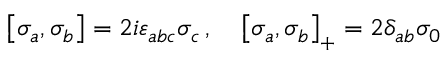
\left[ \sigma _ { a } , \sigma _ { b } \right] = 2 i \varepsilon _ { a b c } \sigma _ { c } \, , \quad \left[ \sigma _ { a } , \sigma _ { b } \right] _ { + } = 2 \delta _ { a b } \sigma _ { 0 }